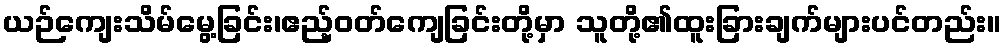
ယဉ်ကျေးသိမ်မွေ့ခြင်း၊ဧည့်ဝတ်ကျေခြင်းတို့မှာ သူတို့၏ထူးခြားချက်များပင်တည်း။